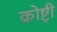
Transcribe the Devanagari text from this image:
क्रोष्ट्री